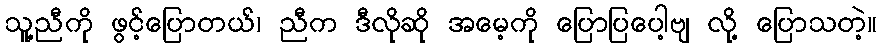
သူ့ညီကို ဖွင့်ပြောတယ်၊ ညီက ဒီလိုဆို အမေ့ကို ပြောပြပေါ့ဗျ လို့ ပြောသတဲ့။